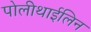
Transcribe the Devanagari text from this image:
पोलीथाईलिन